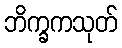
ဘိက္ခကသုတ်